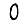
Digit: 0